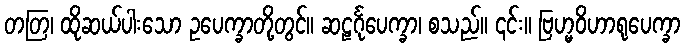
တတြ၊ ထိုဆယ်ပါးသော ဥပေက္ခာတို့တွင်။ ဆဠင်္ဂုပေက္ခာ၊ စသည်။ ၎င်း။ ဗြဟ္မဝိဟာရုပေက္ခာ